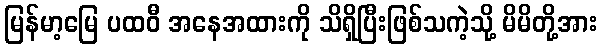
မြန်မာ့မြေ ပထဝီ အနေအထားကို သိရှိပြီးဖြစ်သကဲ့သို့ မိမိတို့အား